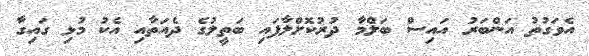
އެވަގުތު އަންބަރު އައިސް ބަލްމާ ދުރުކޮށްލާފައި ބަތީލުގެ ދެއަތާއި އެކު މުޅި ގައިގާ